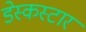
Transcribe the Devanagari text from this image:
डेस्कस्टार